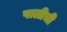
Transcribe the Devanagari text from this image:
पालीची